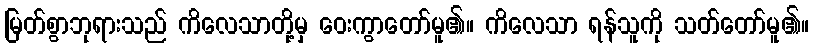
မြတ်စွာဘုရားသည် ကိလေသာတို့မှ ဝေးကွာတော်မူ၏။ ကိလေသာ ရန်သူကို သတ်တော်မူ၏။